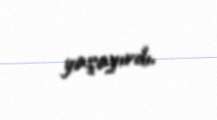
yaşayırdı.